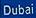
dubai